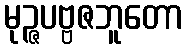
မုဉ္ဇပဗ္ဗဇဘူတော